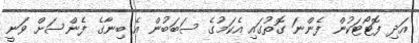
އަދި ފޮޓޯޓަކުން ފެންނަ ގޮތުގައި އެކަމުގެ ސަބަބުން އެ ބިނާގެ ފެންސަށް ވަނީ